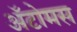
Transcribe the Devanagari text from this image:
अॅटोमस